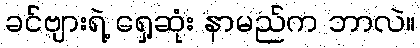
ခင်ဗျားရဲ့ ရှေ့ဆုံး နာမည်က ဘာလဲ။